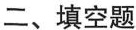
二、填空题